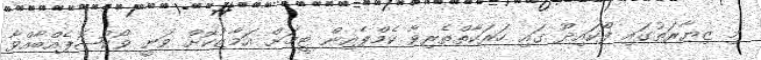
މި ޒިޔާރަތުގައި ފޯކައިދޫ ގައި ހަރަކާތްތެރިވާ ކެމްޕެއިން ޓީމަށް އަމާޒުކޮށް ވަނީ ވޯކުޝޮޕެއްބާއްވާ